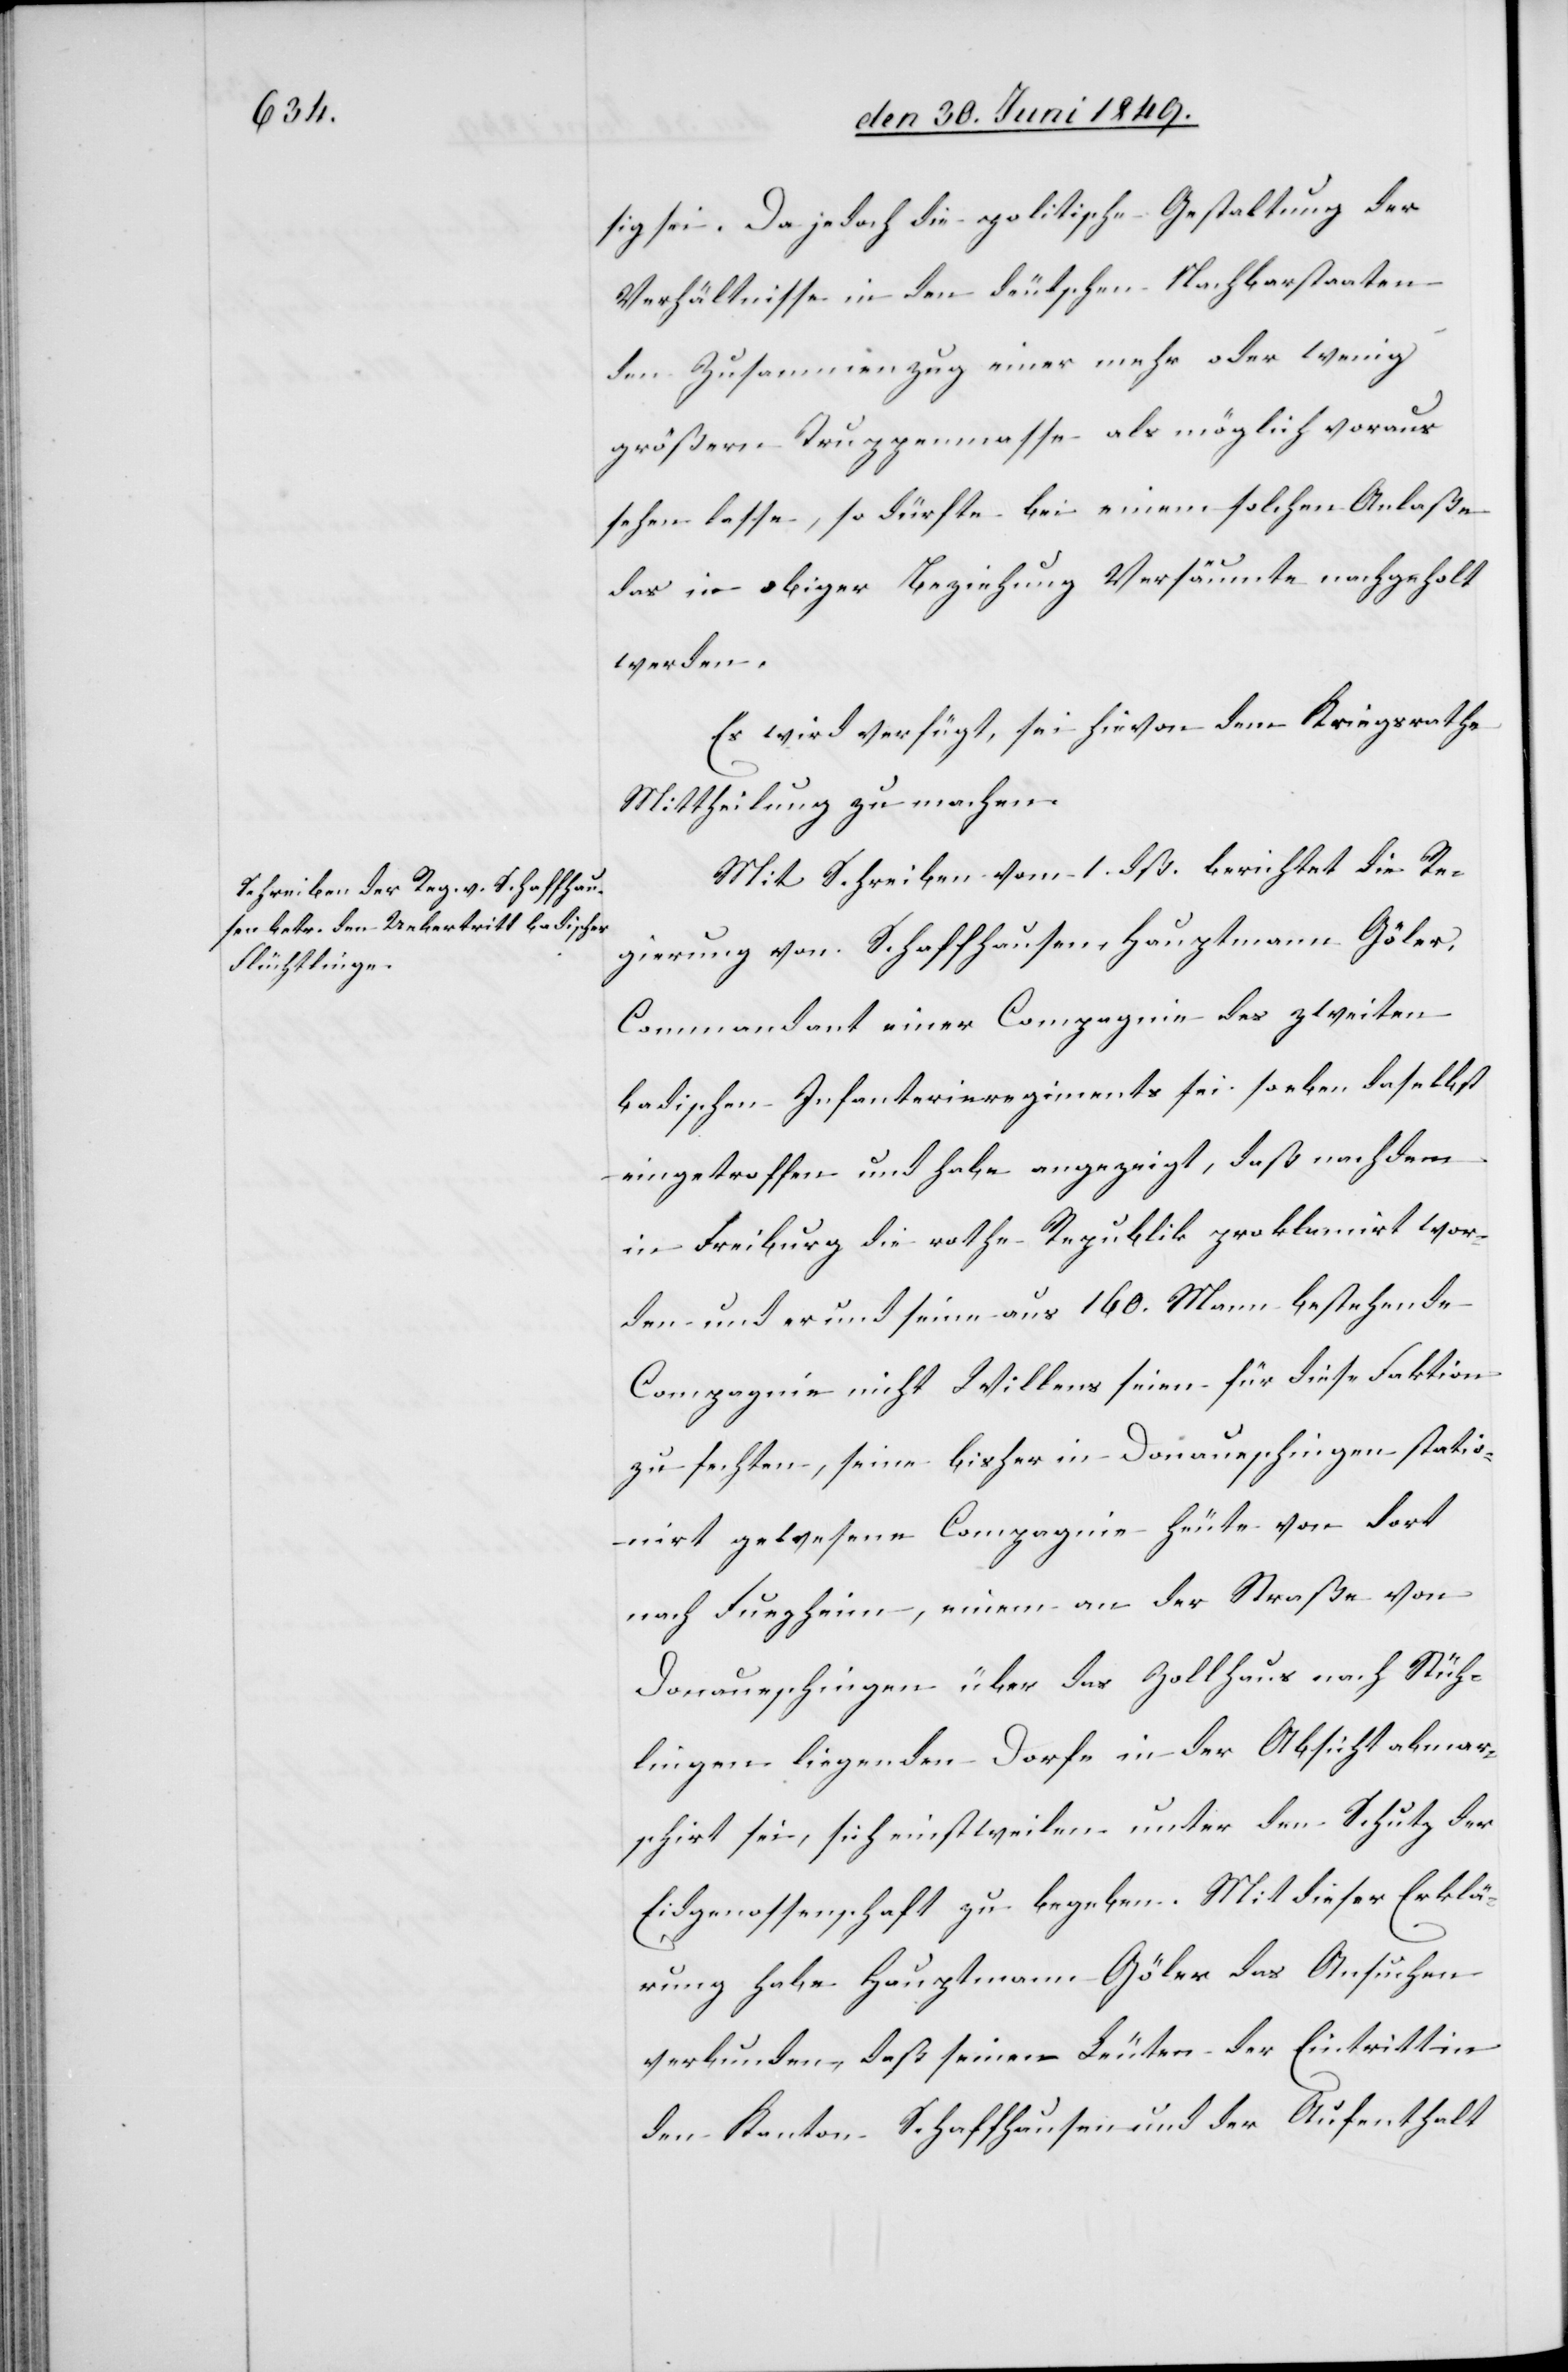
den 1. Juli 1849.]
sig sei. Da jedoch die politische Gestaltung der
Verhältnisse in den deutschen Nachbarstaaten
den Zusammenzug einer mehr oder wenig
größern Truppenmasse als möglich voraus
sehen lasse, so dürfte bei einem solchen Anlaße
das in obiger Beziehung Versäumte nachgeholt
werden.
Es wird verfügt, sei hievon dem Kriegsrathe
Mittheilung zu machen.
Mit Schreiben vom 1. dß. berichtet die Re¬
gierung von Schaffhausen Hauptmann Göler,
Commandant einer Compagnie des zweiten
badischen Infanterieregiments sei so eben daselbst
eingetroffen und habe angezeigt, daß nachdem
in Freiburg die rothe Republik proklamirt wor¬
den und er und seine aus 160. Mann bestehende
Compagnie nicht Willens seien für diese Faktion
zu fechten, seine bisher in Donaueschingen statio¬
nirt gewesene Compagnie heute von dort
nach Fuegheim, einem an der Straße von
Donaueschingen über das Zollhaus nach Stüh¬
lingen liegenden Dorfe in der Absicht abmar¬
schirt sei, sich einstweilen unter den Schutze der
Eidgenossenschaft zu begeben. Mit dieser Erklä¬
rung habe Hauptmann Göler das Ansuchen
verbunden, daß seinen Leute der Eintritt in
den Kanton Schaffhausen und der Aufenthalt